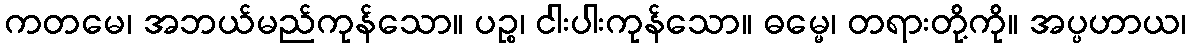
ကတမေ၊ အဘယ်မည်ကုန်သော။ ပဉ္စ၊ ငါးပါးကုန်သော။ ဓမ္မေ၊ တရားတို့ကို။ အပ္ပဟာယ၊